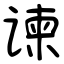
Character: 谏